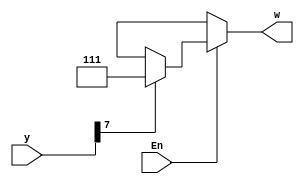
module Exercise4_25(input [7:0]y, input En, output reg [2:0]w);
	integer i;
	always@(y, En)
	begin
		if (En == 1)
		begin
			for (i = 0; i < 8; i = i+1)
				begin
				if (y[i] == 1)
					w = i;
				else
					w = 3'bxxx;
				end
		end
		else
			w = 3'bxxx;
	end
	
endmodule